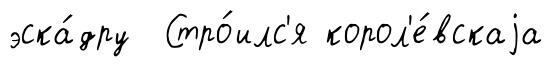
эска́дру Стро́илс'я корол'е́вскаjа